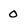
Character: 0